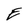
Character: E